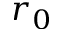
r _ { 0 }